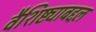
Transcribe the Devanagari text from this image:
वैशिष्ट्याबद्दल